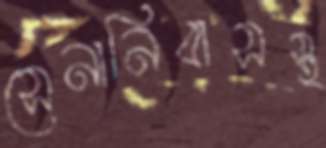
সেনানিবাসস্থ